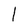
Character: l